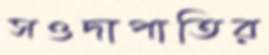
সওদাপাতির